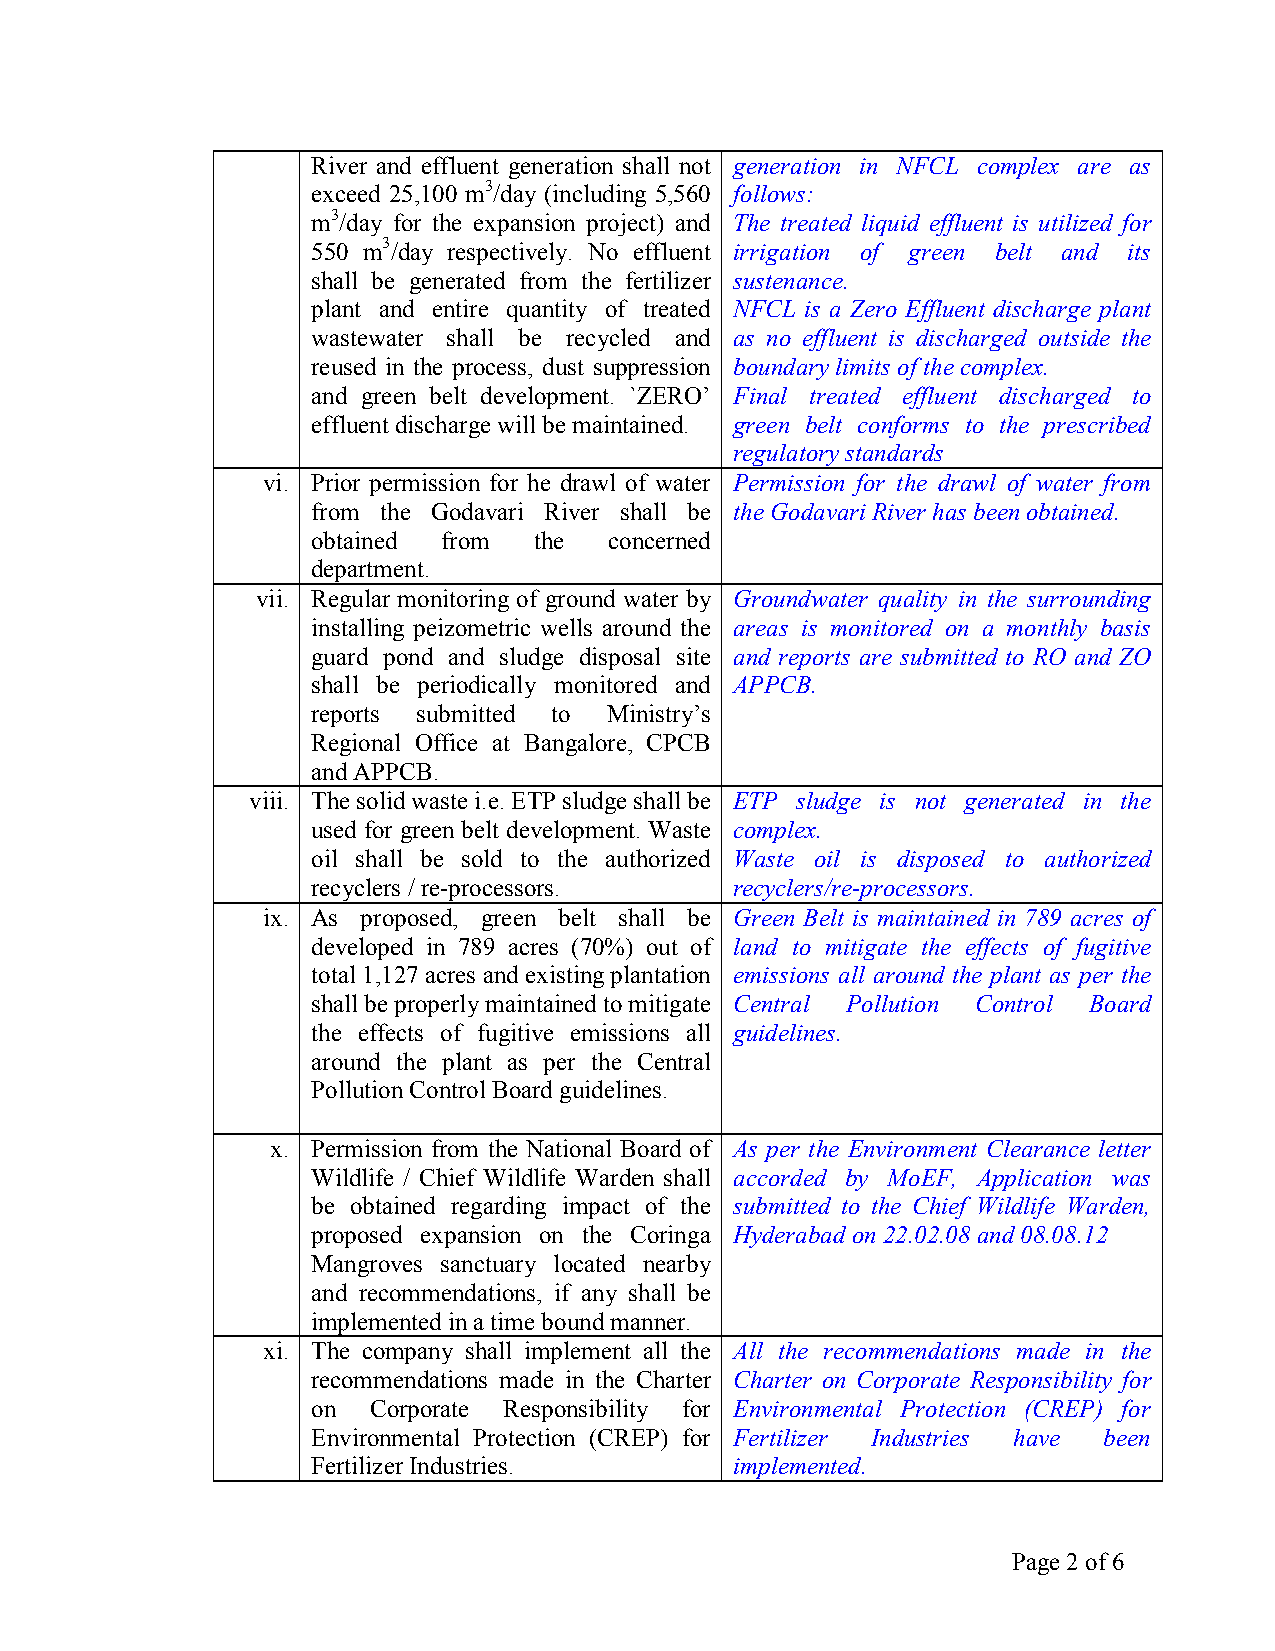
River and effluent generation shall not generation in NFCL complex are as
 exceed 25,100 m3/day (including 5,560 follows:
 m3/day for the expansion project) and The treated liquid effluent is utilized for
 550 m3/day respectively. No effluent irrigation of green belt and its
 shall be generated from the fertilizer sustenance.
 plant and entire quantity of treated NFCL is a Zero Effluent discharge plant
 wastewater shall be recycled and as no effluent is discharged outside the
 reused in the process, dust suppression boundary limits of the complex.
 and green belt development. `ZERO’ Final treated effluent discharged to
 effluent discharge will be maintained. green belt conforms to the prescribed
 regulatory standards
 vi. Prior permission for he drawl of water Permission for the drawl of water from
 from the Godavari River shall be the Godavari River has been obtained.
 obtained from the  concerned
 department.
 vii. Regular monitoring of ground water by Groundwater quality in the surrounding
 installing peizometric wells around the areas is monitored on a monthly basis
 guard pond and sludge disposal site and reports are submitted to RO and ZO
 shall be periodically monitored and APPCB.
 reports submitted to Ministry’s
 Regional Office at Bangalore, CPCB
 and APPCB.
 viii. The solid waste i.e. ETP sludge shall be ETP sludge is not generated in the
 used for green belt development. Waste complex.
 oil shall be sold to the authorized Waste oil is disposed to authorized
 recyclers / re-processors.  recyclers/re-processors.
 ix. As proposed, green belt shall be Green Belt is maintained in 789 acres of
 developed in 789 acres (70%) out of land to mitigate the effects of fugitive
 total 1,127 acres and existing plantation emissions all around the plant as per the
 shall be properly maintained to mitigate Central Pollution Control Board
 the effects of fugitive emissions all guidelines.
 around the plant as per the Central
 Pollution Control Board guidelines.
 x. Permission from the National Board of As per the Environment Clearance letter
 Wildlife / Chief Wildlife Warden shall accorded by MoEF, Application was
 be obtained regarding impact of the submitted to the Chief Wildlife Warden,
 proposed expansion on the Coringa Hyderabad on 22.02.08 and 08.08.12
 Mangroves sanctuary located nearby
 and recommendations, if any shall be
 implemented in a time bound manner.
 xi. The company shall implement all the All the recommendations made in the
 recommendations made in the Charter Charter on Corporate Responsibility for
 on Corporate Responsibility for Environmental Protection (CREP) for
 Environmental Protection (CREP) for Fertilizer Industries have been
 Fertilizer Industries.      implemented.
 Page 2 of 6